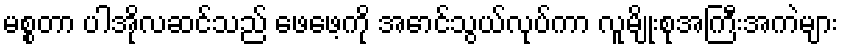
မစ္စတာ ပါအိုလဆင်သည် ဖေဖေ့ကို အောင်သွယ်လုပ်ကာ လူမျိုးစုအကြီးအကဲများ